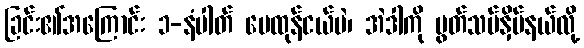
ခြင်း၏အကြောင်း ၁-နံပါတ် မေထုန်ငယ်ပဲ၊ အဲဒါကို ပွတ်သပ်နှိပ်နယ်လို့